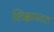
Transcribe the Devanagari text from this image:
शिक्षापटल